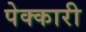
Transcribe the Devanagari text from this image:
पेक्कारी